Vaccine operations Central Provinces 1886-1899 - 1886-1899
Year: 1886
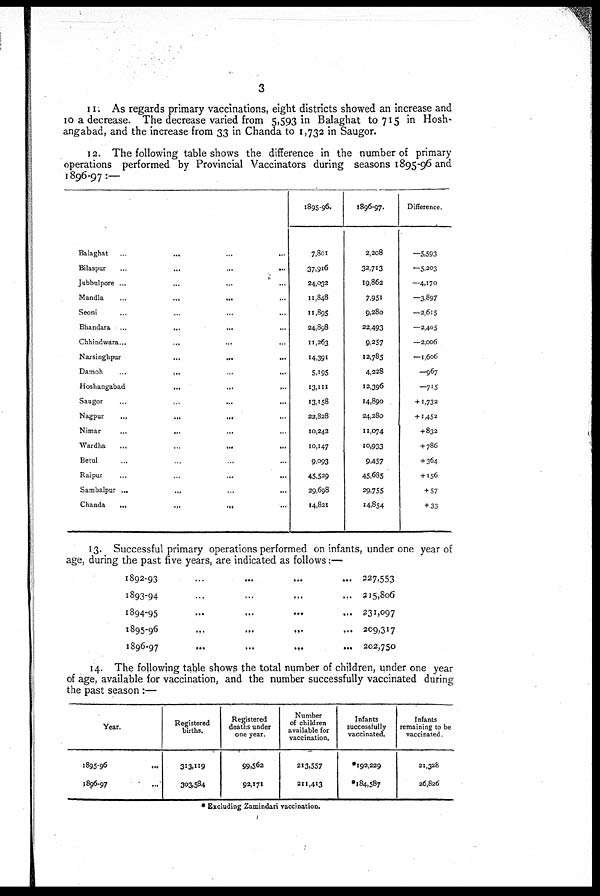
3
11. As regards primary vaccinations, eight districts showed an increase and
10 a decrease. The decrease varied from 5,593 in Balaghat to 715 in Hosh-
angabad, and the increase from 33 in Chanda to 1,732 in Saugor.
12. The following table shows the difference in the number of primary
operations performed by Provincial Vaccinators during seasons 1895-96 and
1896-97:—
Balaghat...
...
Bilaspur...
...
Jubbulpore ... ...
Mandla...
...
Seoni...
...
Bhandara ...
...
Chhindwara...
...
Narsinghpur...
...
Damoh...
...
Hoshangabad...
...
Saugor...
...
Nagpur...
...
Nimar...
...
Wardha... ...
Betul... ...
Raipur...
...
Sambalpur...
...
Chanda...
...
1895-96.
7,801
37,916
24,032
11,848
11,895
24,898
11,263
14,391
5,195
13,111
13,158
22,828
10,242
10,147
9,093
45,529
29,698
14,821
1896-97.
2,208
32,713
19,862
7,951
9,280
22,493
9,257
12,785
4,228
12,396
14,890
24,280
11,074
10,933
9,457
45,685
29,755
14,854
Difference.
—5,593
—5,203
—4,170
—3.897
—2,615
—2,405
—2,006
—1,606
—967
—715
+1,732
+1,452
+832
+ 786
+ 364
+ 156
+ 57
+ 33
13. Successful primary operations performed on infants, under one year of
age, during the past five years, are indicated as follows:—
1892-93...
...
1893-94... ...
1894-95...
...
1895-96...
...
1896-97...
...
327,553
215,806
231,097
209,317
202,750
14. The following table shows the total number of children, under one year
of age, available for vaccination, and the number successfully vaccinated during
the past season:—
Year.
1895-96
1896-97
Registered
births.
313,119
303,584
Registered
deaths under
one year.
99,562
92,171
Number
of children
available for
vaccination.
213,557
211,413
Infants
successfully
vaccinated.
* 192,229
*184,587
Infants
remaining to be
vaccinated.
21,328
26,826
* Excluding Zamindari vaccination.